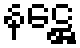
နဋ္ဌေ